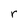
Character: r